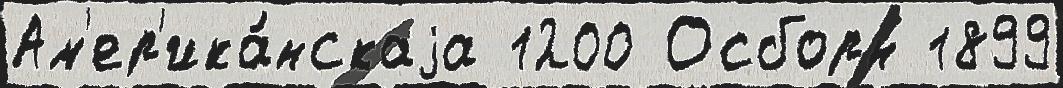
Ам'ер'ика́нскаjа 1200 Осборн 1899